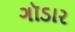
ગૉડાર